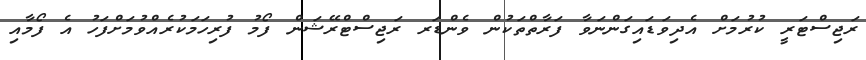
ރަޖިސްޓަރީ ކުރުމަށް އެދިވަޑައިގަންނަވާ ފަރާތްތަކުން ވެންޑަރ ރަޖިސްޓްރޭޝަން ފޯމު ފުރިހަމަކުރެއްވުމަށްފަހު އެ ފޯމާއި